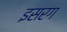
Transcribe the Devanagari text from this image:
इसरग